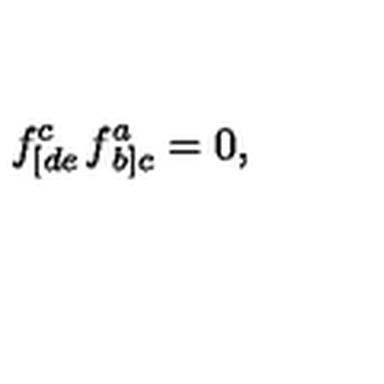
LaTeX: f _ { \left[ d e \right. } ^ { c } f _ { \left. b \right] c } ^ { a } = 0 ,